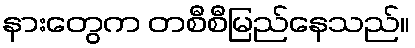
နားတွေက တစီစီမြည်နေသည်။